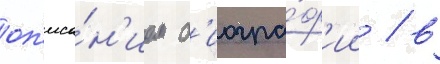
оп'иса́н'ием б'иогра́ф'ии / в